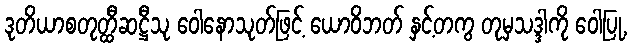
ဒုတိယာစတုတ္ထီဆဋ္ဌီသု ဝေါနောသုတ်ဖြင့် ယောဝိဘတ် နှင့်တကွ တုမှသဒ္ဒါကို ဝေါပြု,